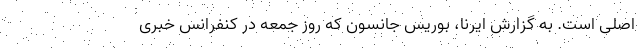
اصلی است. به گزارش ایرنا، بوریس جانسون که روز جمعه در کنفرانس خبری